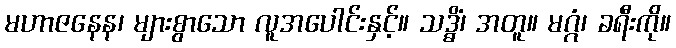
မဟာဇနေန၊ များစွာသော လူအပေါင်းနှင့်။ သဒ္ဓိံ၊ အတူ။ မဂ္ဂံ၊ ခရီးကို။